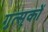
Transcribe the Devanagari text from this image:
गुत्स्‌कों